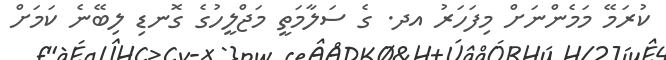
ކުރަމޭ މަމެންނަށް މިފަހަރު އދ. ގެ ސަލާމަތީ މަޖްލީހުގެ ގޮނޑި ލިބޭނެ ކަމަށް